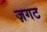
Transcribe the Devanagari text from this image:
ज़गट